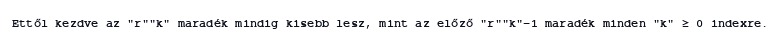
Ettől kezdve az "r""k" maradék mindig kisebb lesz, mint az előző "r""k"−1 maradék minden "k" ≥ 0 indexre.